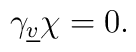
\gamma_{\underline{v}} \chi = 0.